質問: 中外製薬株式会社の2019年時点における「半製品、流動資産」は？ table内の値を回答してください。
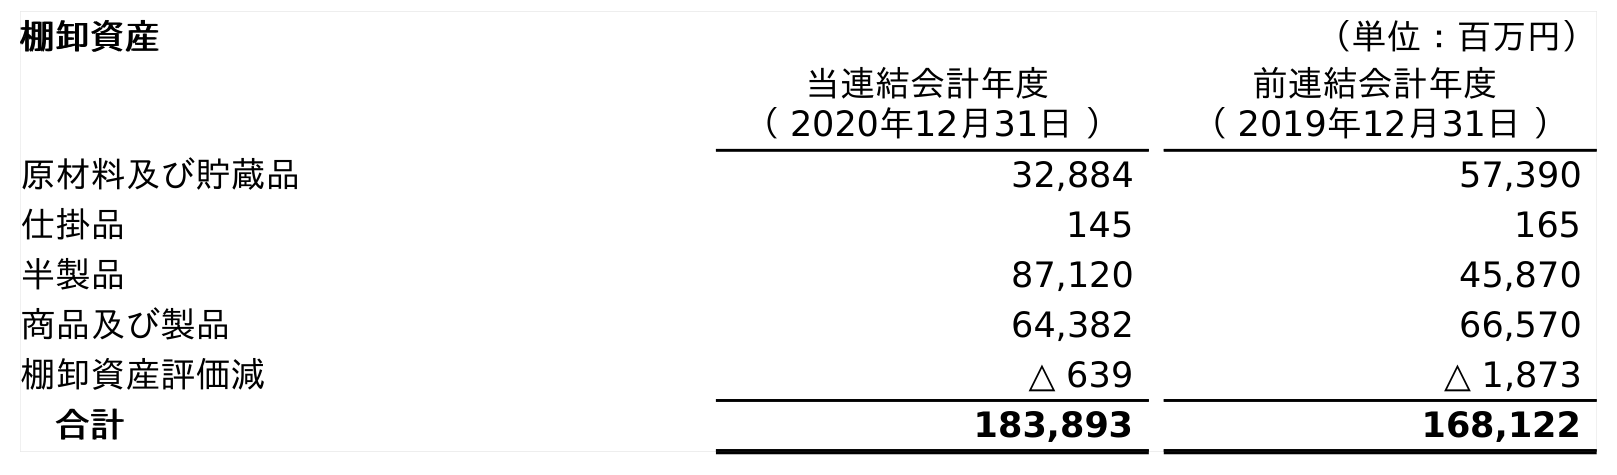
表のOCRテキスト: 棚卸資産 （単位：百万円） 当連結会計年度 （ 2020年12月31日 ） 前連結会計年度 （ 2019年12月31日 ） 原材料及び貯蔵品 32,884 57,390 仕掛品 145 165 半製品 87,120 45,870 商品及び製品 64,382 66,570 棚卸資産評価減 △ 639 △ 1,873 合計 183,893 168,122
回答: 45,870